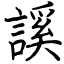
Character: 謑